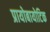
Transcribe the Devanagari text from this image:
प्रायोबायोटिक